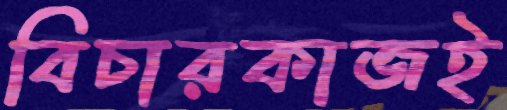
বিচারকাজই